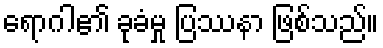
ရောဂါ၏ ခုခံမှု ပြဿနာ ဖြစ်သည်။